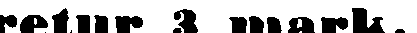
retur 3 mark.